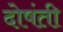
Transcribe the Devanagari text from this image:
दोषंती